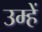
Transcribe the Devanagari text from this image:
उम्हें